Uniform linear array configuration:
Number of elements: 12
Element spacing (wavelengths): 0.25
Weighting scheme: blackman
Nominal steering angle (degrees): -45
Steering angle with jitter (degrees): -46.194
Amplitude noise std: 0.05
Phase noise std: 0.05

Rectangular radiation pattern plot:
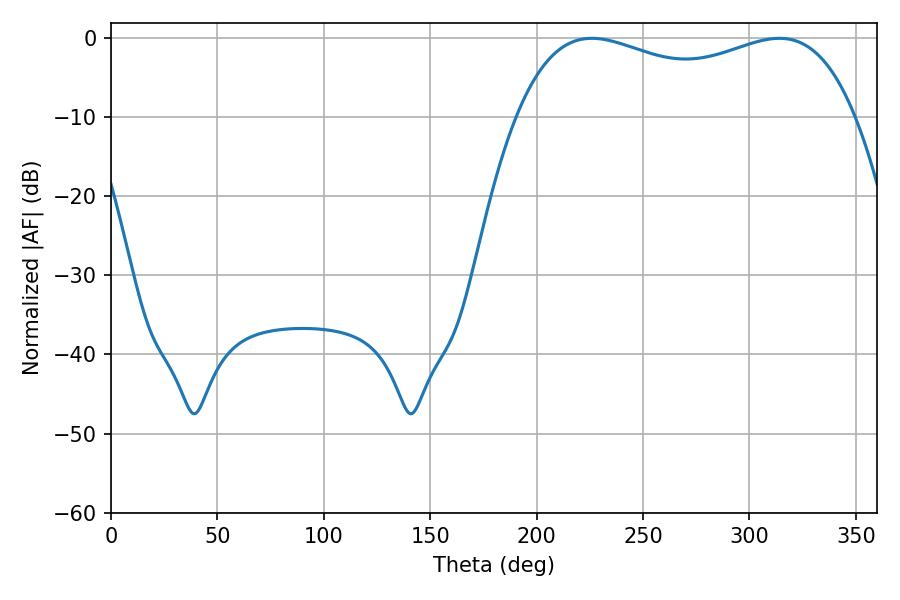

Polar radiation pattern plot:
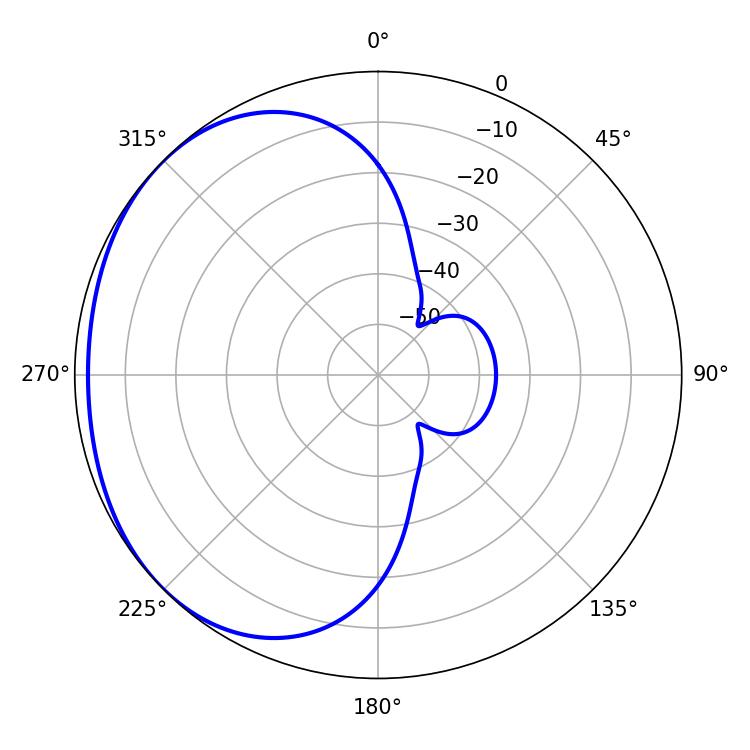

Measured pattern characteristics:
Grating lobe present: FALSE
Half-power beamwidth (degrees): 130.68
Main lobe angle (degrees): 225.9